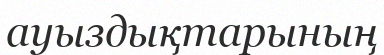
ауыздықтарының